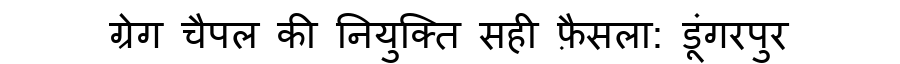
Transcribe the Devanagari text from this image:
ग्रेग चैपल की नियुक्ति सही फ़ैसला: डूंगरपुर